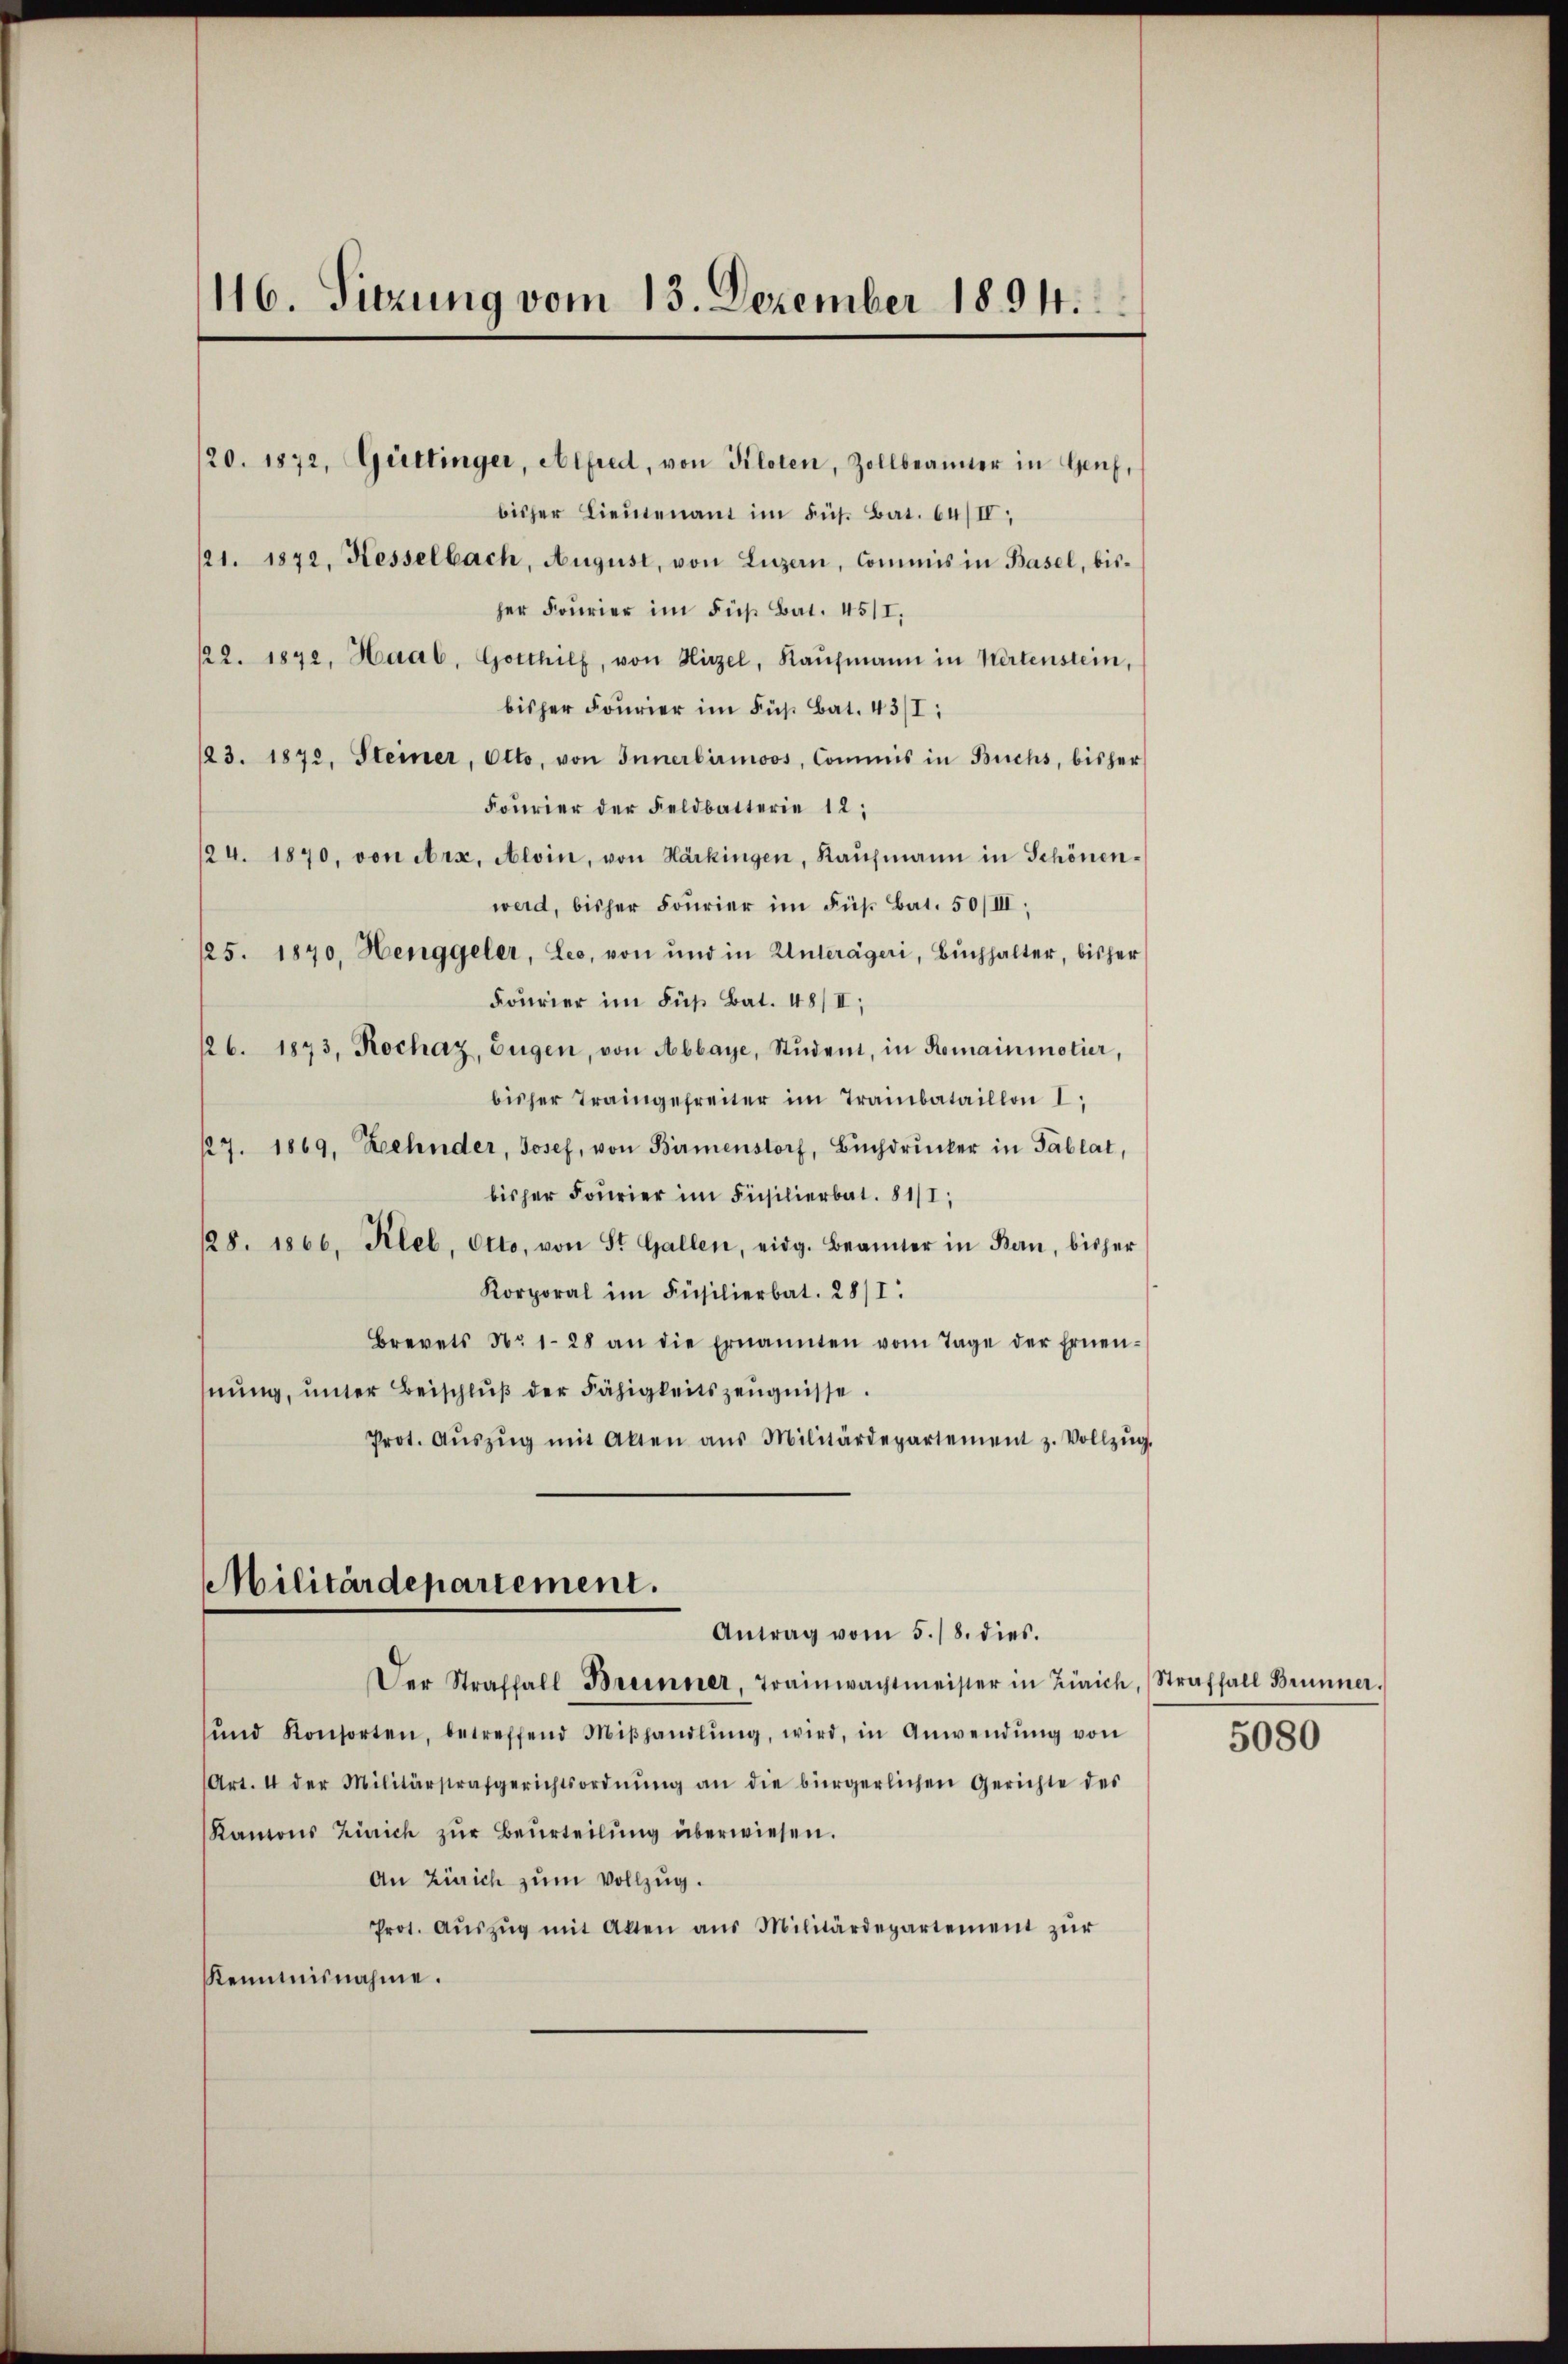
116. Sitzung vom 13. Dezember 1894.

120. 1872, Güttinger, Alfred, von Kiloten, Zollbeamter in Genf,
bisher Lieutenant im Sus. Bat. 64/IV,
121. 1872, Kesselbach, August, von Luzern, Commis in Basel, bis-
her Fourier im Fuß Bat. 451I,
22. 1872. Haab, Gotthilf, von Hirzel, Kaŭfmann in Kertenstein,
bisher Fourier im Fuß Bat. 43/I:
123. 1872, Steiner, Otto, von Innerbirmoos, Commis in Buchs, bisher
Fourier der Feldbatterie 12.
124. 1870, von Arx, Aloin, von Härkingen, Kaŭfmann in Schönenwerd, bisher Fourier im Fuß Bat. 50/III,
125. 1870, Henggeler, Leo, von und in Unterägeri, Bŭchhalter, bisher
Fourier im Fuß Bat. 48/II;
126. 1873, Rochaz, Eugen, von Abbaye, Student, in Romainmotier,
bisher Traingefreiter im Trainbataillon I
127. 1869, Zehnder, Josef, von Birmenstorf, Bŭchdrucker in Tablat,
bisher Fourier im Füsilierbat. 81/I,
128. 1866, Kleb, Otto, von St. Gallen, eidg. Beamter in Bern, bisher
Korporal im Füsilierbat. 28/I.
Brevets Nr. 128 an die Ernannten vom Tage der Ernen-
nŭng, unter Beischlŭβ der Fähigkeitszeŭgnisse.
Prot. Aŭszŭg mit Alten aŭs Militärdepartement z. Vollzŭg.

Militärdepartement.
Antrag vom 5./8. dies.

Der Straffall Breinner, Trainwachtmeister in Zürich
ŭnd Konsorten, betreffend Miβhandlŭng, wird, in Anwendŭng von
Art. 4 der Militärstrafgerichtsordnŭng an die bürgerlichen Gerichte des
Kantons Zürich zŭr Beurteilŭng überwiesen.
An Zürich zum Vollzug.
Prot. Aŭszŭg mit Akten aus Militärdepartement zŭr
Kenntnisnahme.

Straffall Brunner.

5080